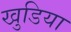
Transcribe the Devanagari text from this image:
खुडिया